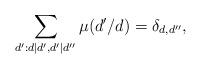
LaTeX: \begin{align*}\sum_{d':d|d',d'|d''}\mu(d'/d)=\delta_{d,d''}, \end{align*}